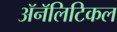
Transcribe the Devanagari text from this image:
ॲनॅलिटिकल